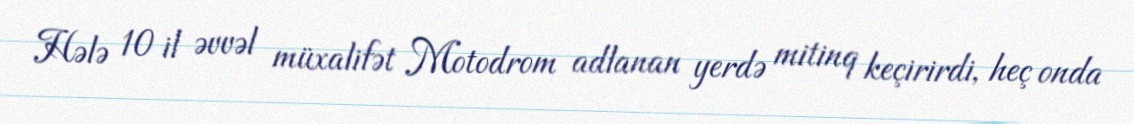
Hələ 10 il əvvəl müxalifət Motodrom adlanan yerdə mitinq keçirirdi, heç onda